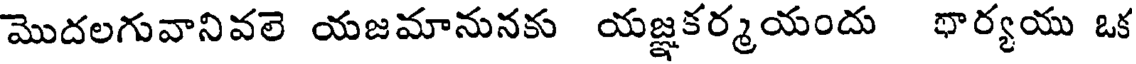
మొదలగువానివలె యజమానునకు యజ్ఞకర్మయందు భార్యయు ఒక